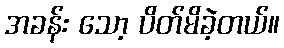
အခန်း သော့ ပိတ်မိခဲ့တယ်။